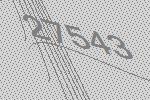
27543